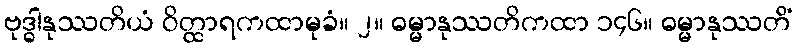
ဗုဒ္ဓါနုဿတိယံ ဝိတ္ထာရကထာမုခံ။ ၂။ ဓမ္မာနုဿတိကထာ ၁၄၆။ ဓမ္မာနုဿတိံ